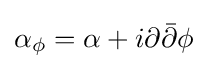
\alpha _{\phi }=\alpha +i\partial {\bar {\partial }}\phi